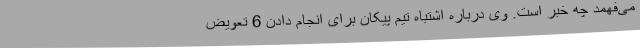
می‌فهمد چه خبر است. وی درباره اشتباه تیم پیکان برای انجام دادن 6 تعویض